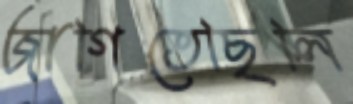
জাগিতেছিলি